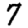
Digit: 7